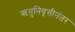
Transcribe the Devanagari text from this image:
ऋतुनिवृत्तीनंतर